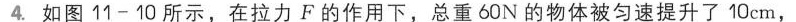
4.如图11-10所示，在拉力F的作用下，总重60N的物体被匀速提升了10cm，